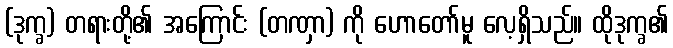
(ဒုက္ခ) တရားတို့၏ အကြောင်း (တဏှာ) ကို ဟောတော်မူ လေ့ရှိသည်။ ထိုဒုက္ခ၏